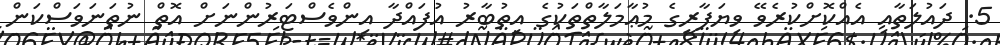
5. ދައުލަތާއި އެއްކޮށްކުރެވޭ ވިޔަފާރީގެ މުޢާމަލާތްތަކުގެ އިތުބާރު އުފައްދާ އިންވެސްޓަރުންނަށް އޮތް ނުތަނަވަސްކަން